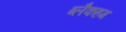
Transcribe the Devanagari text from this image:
ब्लैकहम